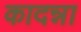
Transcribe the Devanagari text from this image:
कादन्ना